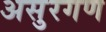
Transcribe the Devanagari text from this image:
असुरगण